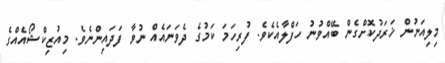
މިލިއަނުން ޚަރަދުކޮށްގެން ބޭއްވުނު ހަފްލާއެކެވެ. ފުރިހަމަ ކަމުގެ ދެވަނައެއް ނުވާ ފަދައިންނެވެ. މިއުޒިކްޝޯއެއްގެ